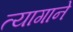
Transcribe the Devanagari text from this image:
त्यागाने